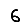
Digit: 6